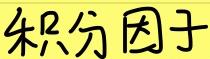
积分因子